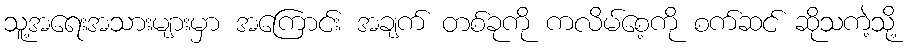
သူ့အရေးအသားများမှာ အကြောင်း အချက် တစ်ခုကို ကလိမ်စေ့ကို စက်ဆင် ဆိုသကဲ့သို့